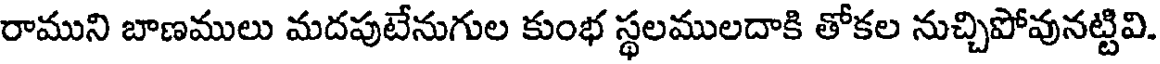
రాముని బాణములు మదపుటేనుగుల కుంభ స్థలములదాకి తోకల నుచ్చిపోవునట్టివి.